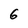
Character: 6